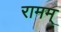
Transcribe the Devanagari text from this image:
रामम्